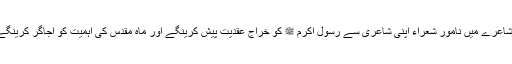
مشاعرے میں نامور شعراء اپنی شاعری سے رسول اکرم ﷺ کو خراج عقدیت پیش کرینگے اور ماہ مقدس کی اہمیت کو اجاگر کرینگے۔